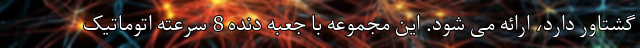
گشتاور دارد، ارائه می شود. این مجموعه با جعبه دنده 8 سرعته اتوماتیک